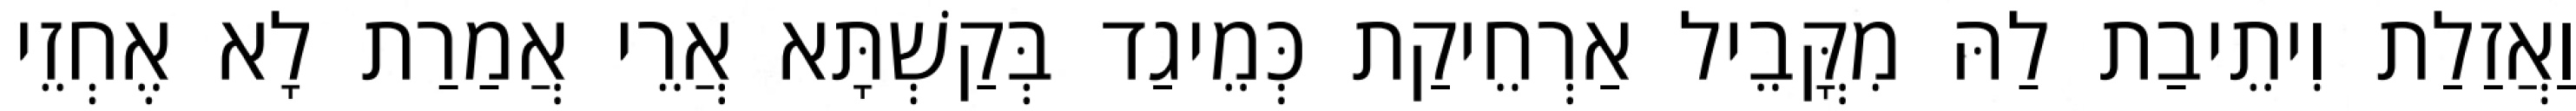
וַאֲזַלַת וִיתֵיבַת לַהּ מִקֳּבֵיל אַרְחֵיקַת כְּמֵיגַד בְּקַשְׁתָּא אֲרֵי אֲמַרַת לָא אֶחְזֵי